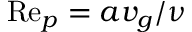
\mathrm { R e } _ { p } = a v _ { g } / \nu